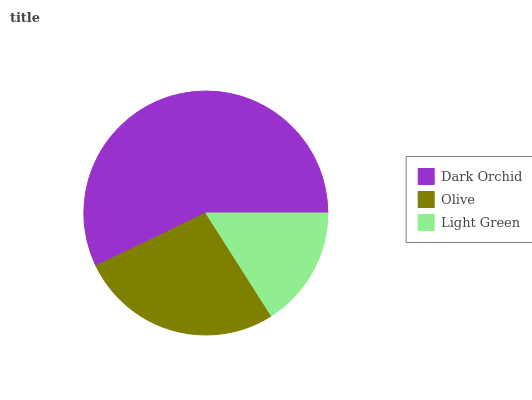
| Dark Orchid | Olive | Light Green |
 | --- | --- | --- |
 | 57.2% | 26.9% | 15.9% |